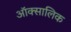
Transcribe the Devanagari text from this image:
ऑक्सालिक